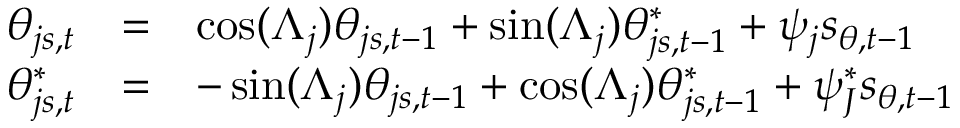
\begin{array} { r c l } { \theta _ { j s , t } } & { = } & { \cos ( \Lambda _ { j } ) \theta _ { j s , t - 1 } + \sin ( \Lambda _ { j } ) \theta _ { j s , t - 1 } ^ { * } + \psi _ { j } s _ { \theta , t - 1 } } \\ { \theta _ { j s , t } ^ { * } } & { = } & { - \sin ( \Lambda _ { j } ) \theta _ { j s , t - 1 } + \cos ( \Lambda _ { j } ) \theta _ { j s , t - 1 } ^ { * } + \psi _ { J } ^ { * } s _ { \theta , t - 1 } } \end{array}